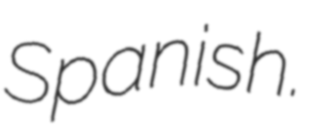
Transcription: Spanish.